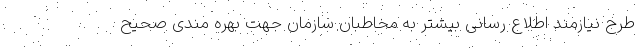
طرح نیازمند اطلاع رسانی بیشتر به مخاطبان سازمان جهت بهره مندی صحیح